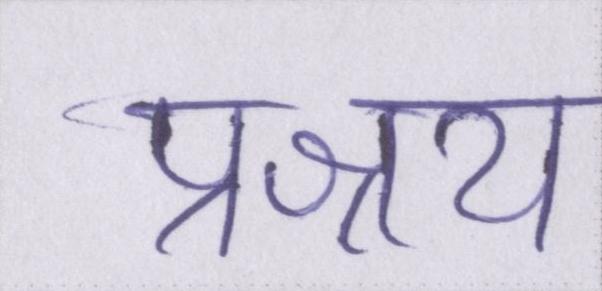
प्रश्रय